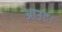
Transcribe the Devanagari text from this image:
आउट।